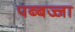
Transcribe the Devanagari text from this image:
पब्बज्जा